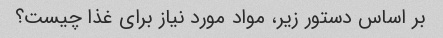
بر اساس دستور زیر، مواد مورد نیاز برای غذا چیست؟